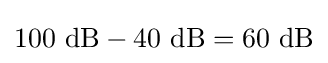
100\ {\text{dB}}-40\ {\text{dB}}=60\ {\text{dB}}